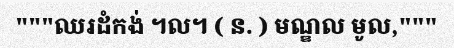
"""ឈរដំកង់ ៘ ( ន. ) មណ្ឌល មូល,"""